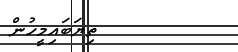
ތިޔަބައިމީހުން